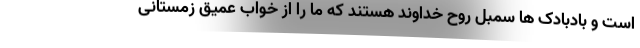
است و بادبادک ها سمبل روح خداوند هستند که ما را از خواب عمیق زمستانی